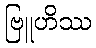
ဗြူဟိဿ